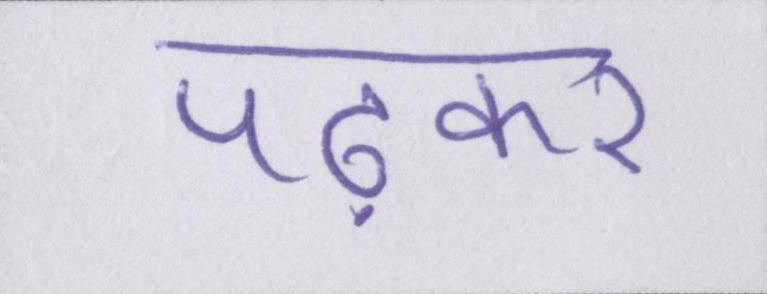
पढ़कर